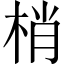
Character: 梢